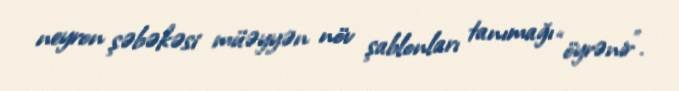
neyron şəbəkəsi müəyyən növ şablonları tanımağı “öyrənir”.